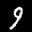
Label: 9